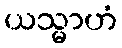
ယသ္မာဟံ